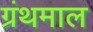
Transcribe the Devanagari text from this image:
ग्रंथमाल